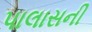
પાલાસની